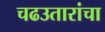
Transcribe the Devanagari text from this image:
चढउतारांचा